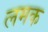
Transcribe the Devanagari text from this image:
लमक